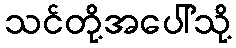
သင်တို့အပေါ်သို့